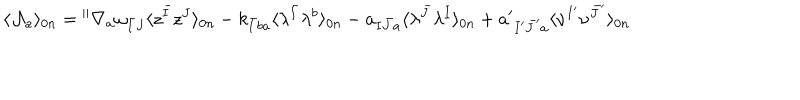
\langle { \cal A } _ { a } \rangle _ { 0 n } = { } ^ { \parallel } \nabla _ { a } \omega _ { \bar { I } J } \langle z ^ { \bar { I } } z ^ { J } \rangle _ { 0 n } - k _ { \bar { I } b a } \langle \lambda ^ { \bar { I } } \lambda ^ { b } \rangle _ { 0 n } - a _ { I \bar { J } a } \langle \lambda ^ { \bar { J } } \lambda ^ { I } \rangle _ { 0 n } + a ^ { \prime } { } _ { I ^ { \prime } \bar { J } ^ { \prime } a } \langle \nu ^ { I ^ { \prime } } \nu ^ { \bar { J } ^ { \prime } } \rangle _ { 0 n }